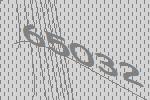
65032